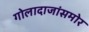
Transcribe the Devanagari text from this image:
गोलादाजांसमोर